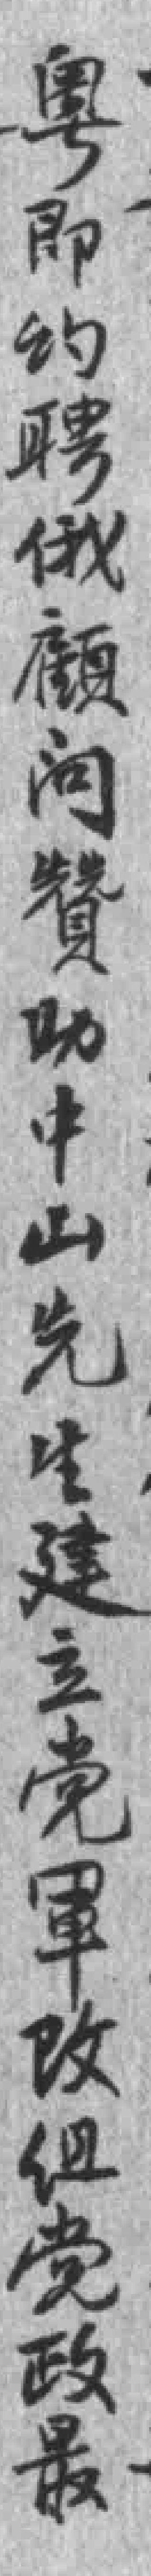
粤即约聘俄顧问贊助中山先生建立党軍改组党政最